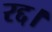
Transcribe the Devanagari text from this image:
रद्द।